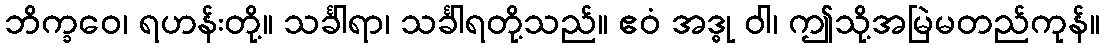
ဘိက္ခဝေ၊ ရဟန်းတို့။ သင်္ခါရာ၊ သင်္ခါရတို့သည်။ ဧဝံ အဒ္ဓု ဝါ၊ ဤသို့အမြဲမတည်ကုန်။